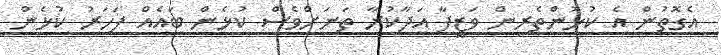
އެގޮތުން އެ ކުޅުންތެރިން ވަޒީފާ އަދާކުރާ ތަނަށްވެސް ކުޅެން ބައެއް ފަހަރު ކުޅެން